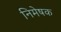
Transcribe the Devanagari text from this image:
निमेषक